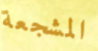
المشجعة